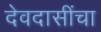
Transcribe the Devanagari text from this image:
देवदासींचा